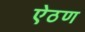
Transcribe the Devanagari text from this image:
ऐठण